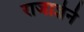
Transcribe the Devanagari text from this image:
राजाज्ञेने